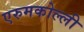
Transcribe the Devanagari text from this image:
एरुमकोल्ली